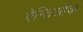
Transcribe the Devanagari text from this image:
ऐन्तिओक